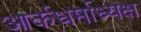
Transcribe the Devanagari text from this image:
आर्कधर्माध्यक्ष